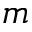
m